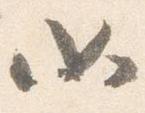
如